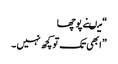
“ میںنے پوچھا
” ابھی تک تو کچھ نہیں ۔